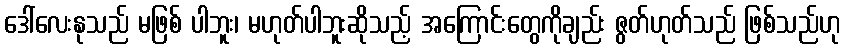
ဒေါ်လေးနုသည် မဖြစ် ပါဘူး၊ မဟုတ်ပါဘူးဆိုသည့် အကြောင်းတွေကိုချည်း ဇွတ်ဟုတ်သည် ဖြစ်သည်ဟု